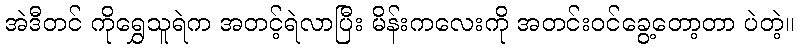
အဲဒီတင် ကိုရွှေသူရဲက အတင့်ရဲလာပြီး မိန်းကလေးကို အတင်းဝင်ခွေ့တော့တာ ပဲတဲ့။